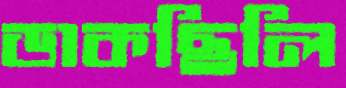
ডাকছিলি